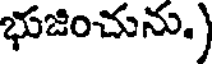
భుజించును.)